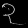
Digit: ၃